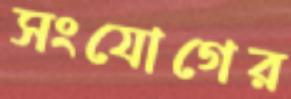
সংযোগের